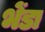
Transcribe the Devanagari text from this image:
भेंडा